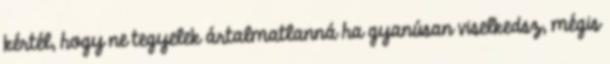
kértél, hogy ne tegyelek ártalmatlanná ha gyanúsan viselkedsz, mégis